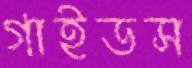
গাইডস